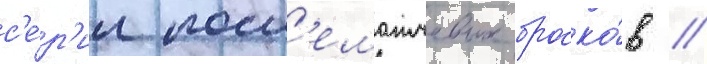
с'е́р'ии посл'ематчевых броско́в //